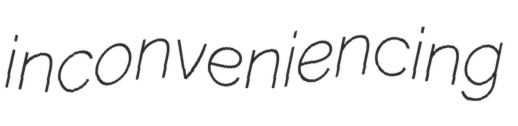
inconveniencing